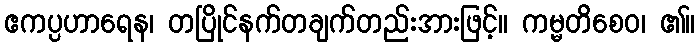
ဧကပ္ပဟာရေန၊ တပြိုင်နက်တချက်တည်းအားဖြင့်။ ကမ္မတိစေဝ၊ ၏။